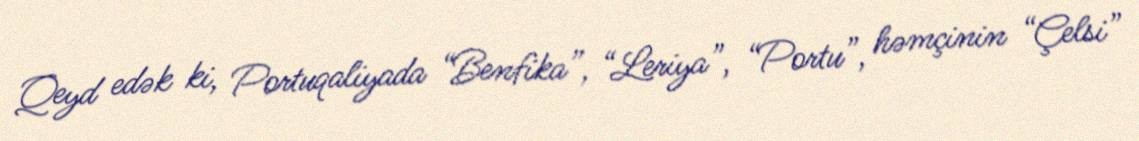
Qeyd edək ki, Portuqaliyada “Benfika”, “Leriya”, “Portu”, həmçinin “Çelsi”